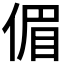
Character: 𠋥